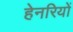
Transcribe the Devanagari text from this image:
हेनरियों